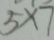
5 \times 7